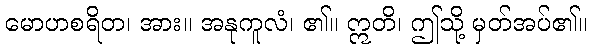
မောဟစရိတ၊ အား။ အနုကူလံ၊ ၏။ ဣတိ၊ ဤသို့ မှတ်အပ်၏။